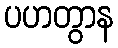
ပဟတွာန